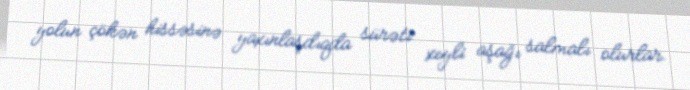
yolun çökən hissəsinə yaxınlaşdıqda sürəti xeyli aşağı salmalı olurlar.